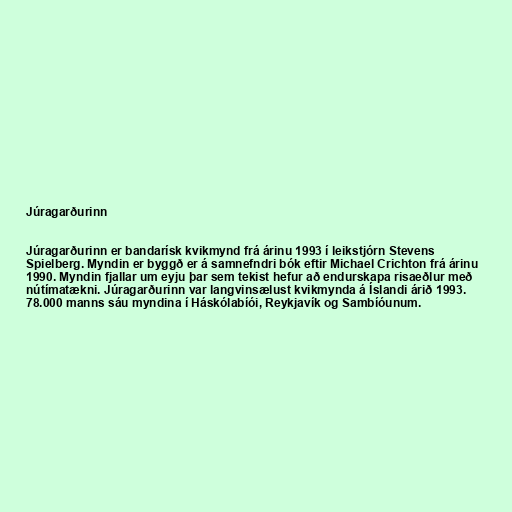
Júragarðurinn

Júragarðurinn er bandarísk kvikmynd frá árinu 1993 í leikstjórn Stevens
Spielberg. Myndin er byggð er á samnefndri bók eftir Michael Crichton frá árinu
1990. Myndin fjallar um eyju þar sem tekist hefur að endurskapa risaeðlur með
nútímatækni. Júragarðurinn var langvinsælust kvikmynda á Íslandi árið 1993.
78.000 manns sáu myndina í Háskólabíói, Reykjavík og Sambíóunum.